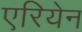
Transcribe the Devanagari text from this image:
एरियेन